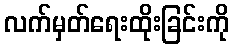
လက်မှတ်ရေးထိုးခြင်းကို